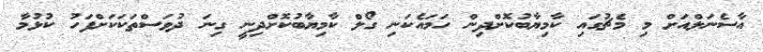
އާސެނަލްއަށް މި މެޗުގައި ކާމިޔާބުކޮށްދިން ހަމައެކަނި ގޯލް ކާމިޔާބުކޮށްދިނީ ގިނަ ދުވަސްތަކަކަށްފަހު ކުޅުމާ